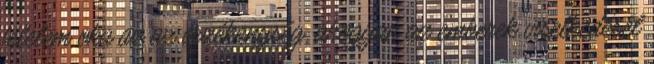
félelem oka az az érzékenység, ahogyan az emberek viselkedését